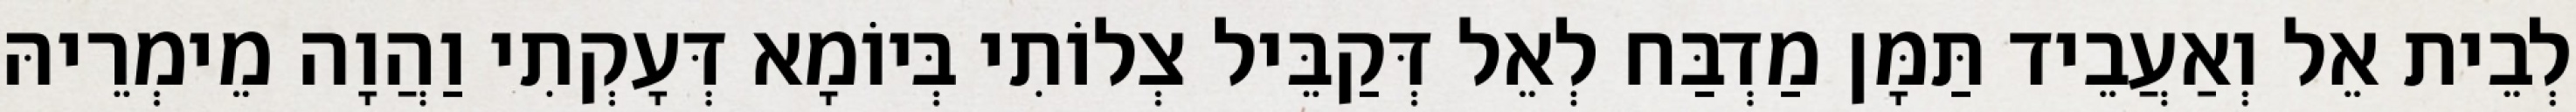
לְבֵית אֵל וְאַעֲבֵיד תַּמָּן מַדְבַּח לְאֵל דְּקַבֵּיל צְלוֹתִי בְּיוֹמָא דְּעָקְתִי וַהֲוָה מֵימְרֵיהּ